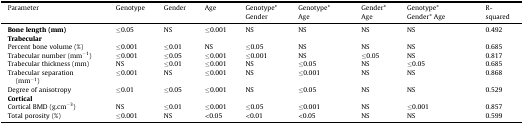
<table><thead><tr><td><b>Parameter</b></td><td><b>Genotype</b></td><td><b>Gender</b></td><td><b>Age</b></td><td><b>Genotype* Gender</b></td><td><b>Genotype* Age</b></td><td><b>Gender* Age</b></td><td><b>Genotype* Gender* Age</b></td><td><b>R-squared</b></td></tr></thead><tbody><tr><td><b>Bone length (mm)</b></td><td>≤0.05</td><td>NS</td><td>≤0.001</td><td>NS</td><td>NS</td><td>NS</td><td>NS</td><td>0.492</td></tr><tr><td colspan="9"><b>Trabecular</b></td></tr><tr><td>Percent bone volume (%)</td><td>≤0.001</td><td>≤0.01</td><td>NS</td><td>≤0.05</td><td>NS</td><td>NS</td><td>NS</td><td>0.685</td></tr><tr><td>Trabecular number (mm<sup>−1</sup>)</td><td>≤0.001</td><td>≤0.05</td><td>≤0.001</td><td>≤0.001</td><td>NS</td><td>≤0.05</td><td>NS</td><td>0.817</td></tr><tr><td>Trabecular thickness (mm)</td><td>NS</td><td>≤0.01</td><td>≤0.001</td><td>NS</td><td>≤0.05</td><td>NS</td><td>≤0.05</td><td>0.685</td></tr><tr><td>Trabecular separation (mm<sup>−1</sup>)</td><td>≤0.001</td><td>NS</td><td>≤0.001</td><td>NS</td><td>≤0.001</td><td>NS</td><td>NS</td><td>0.868</td></tr><tr><td>Degree of anisotropy</td><td>≤0.01</td><td>≤0.05</td><td>≤0.001</td><td>NS</td><td>≤0.05</td><td>NS</td><td>NS</td><td>0.529</td></tr><tr><td colspan="9"><b>Cortical</b></td></tr><tr><td>Cortical BMD (g.cm<sup>−3</sup>)</td><td>NS</td><td>≤0.01</td><td>≤0.001</td><td>≤0.05</td><td>≤0.001</td><td>NS</td><td>≤0.001</td><td>0.857</td></tr><tr><td>Total porosity (%)</td><td>≤0.001</td><td>NS</td><td>&lt;0.05</td><td>&lt;0.01</td><td>&lt;0.05</td><td>NS</td><td>NS</td><td>0.599</td></tr></tbody></table>